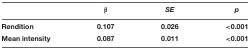
<table><thead><tr><td></td><td><b>β</b></td><td><b><i>SE</i></b></td><td><b><i>p</i></b></td></tr></thead><tbody><tr><td><b>Rendition</b></td><td><b>0.107</b></td><td><b>0.026</b></td><td><b>&lt;0.001</b></td></tr><tr><td><b>Mean intensity</b></td><td><b>0.087</b></td><td><b>0.011</b></td><td><b>&lt;0.001</b></td></tr></tbody></table>